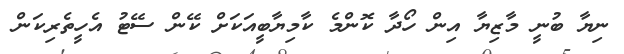
ނިޔާ ބުނީ މާޒިޔާ އިން ހޯދާ ކޮންމެ ކާމިޔާބީއަކަށް ކޭން ސޭޓު އެހީތެރިކަން